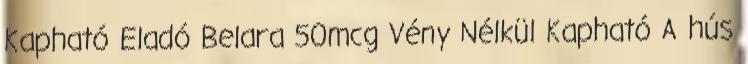
Kapható Eladó Belara 50mcg Vény Nélkül Kapható A hús